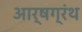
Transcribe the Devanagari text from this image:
आर्षग्रंथ